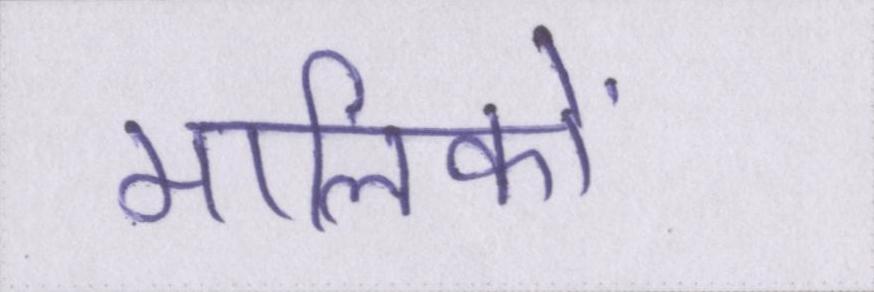
मालिकों